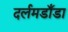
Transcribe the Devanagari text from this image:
दर्लमडाँडा